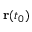
\mathbf { r } ( t _ { 0 } )